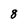
Character: 8